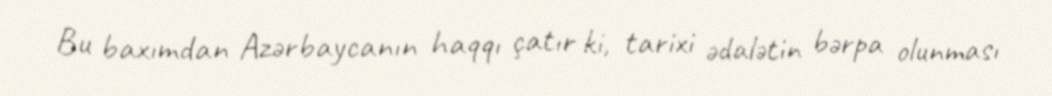
Bu baxımdan Azərbaycanın haqqı çatır ki, tarixi ədalətin bərpa olunması